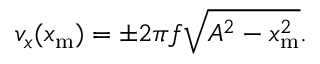
v _ { x } ( x _ { \mathrm { m } } ) = \pm 2 \pi f \sqrt { A ^ { 2 } - x _ { \mathrm { m } } ^ { 2 } } .